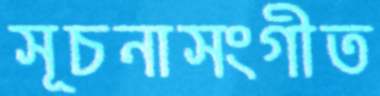
সূচনাসংগীত